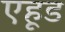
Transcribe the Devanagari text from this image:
एहूड